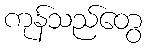
ကုန်သည်တွေ